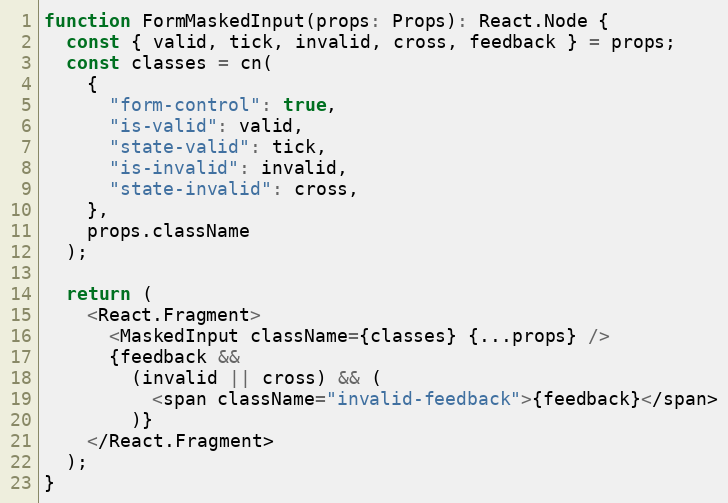
Language: JavaScript
function FormMaskedInput(props: Props): React.Node {
  const { valid, tick, invalid, cross, feedback } = props;
  const classes = cn(
    {
      "form-control": true,
      "is-valid": valid,
      "state-valid": tick,
      "is-invalid": invalid,
      "state-invalid": cross,
    },
    props.className
  );

  return (
    <React.Fragment>
      <MaskedInput className={classes} {...props} />
      {feedback &&
        (invalid || cross) && (
          <span className="invalid-feedback">{feedback}</span>
        )}
    </React.Fragment>
  );
}